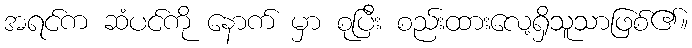
အရင်က ဆံပင်ကို နောက် မှာ စုပြီး စည်းထားလေ့ရှိသူသာဖြစ်၏။